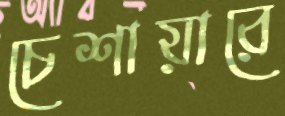
চেশায়ারে